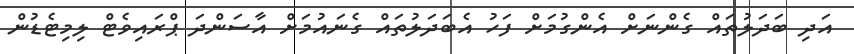
އަދި ބަދަލުތައް ގެންނަށް އެންގުމަށް ފަހު އެބަދަލުތައް ގެނައުމަށް އާސަންދަ ޕްރައިވެޓް ލިމިޓެޑުން